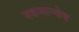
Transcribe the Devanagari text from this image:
स्वनान्वेष